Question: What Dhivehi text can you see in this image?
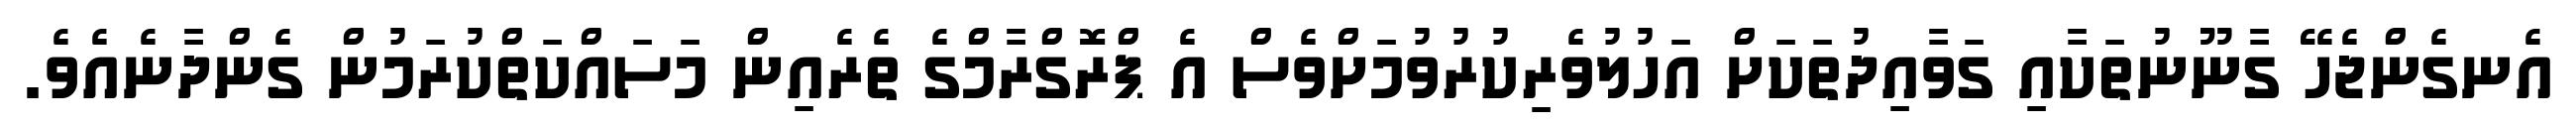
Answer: އެނގެންޖެހޭ ގާނޫނުތަކާއި ގަވާއިދުތަކަށް އަހުލުވެރިކުރުވުމަށްވެސް އެ ޕްރޮގްރާމްގެ ތެރެއިން މަސައްކަތްކުރަމުން ގެންދާނެއެވެ.